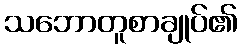
သဘောတူစာချုပ်၏